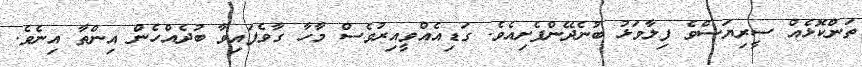
ތަންކޮޅެއް ސީރިޔަސްވެ ފިލާވަޅު ބުނެދޭންފެށިއެވެ. ގަޑިއެއްވީއިރުވެސް މާހާ ގާވެފައިވާ ބުދެއްހެން އިންތާ އިނެވެ.